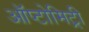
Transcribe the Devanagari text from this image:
ऑप्टोमिट्री